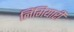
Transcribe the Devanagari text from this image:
लिंगियारी